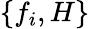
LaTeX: \{ f_{i},H\}